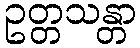
ဥတ္တသန္တာ